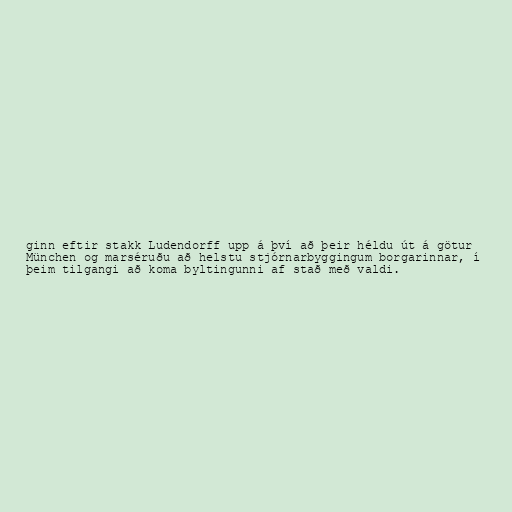
ginn eftir stakk Ludendorff upp á því að þeir héldu út á götur
München og marséruðu að helstu stjórnarbyggingum borgarinnar, í
þeim tilgangi að koma byltingunni af stað með valdi.